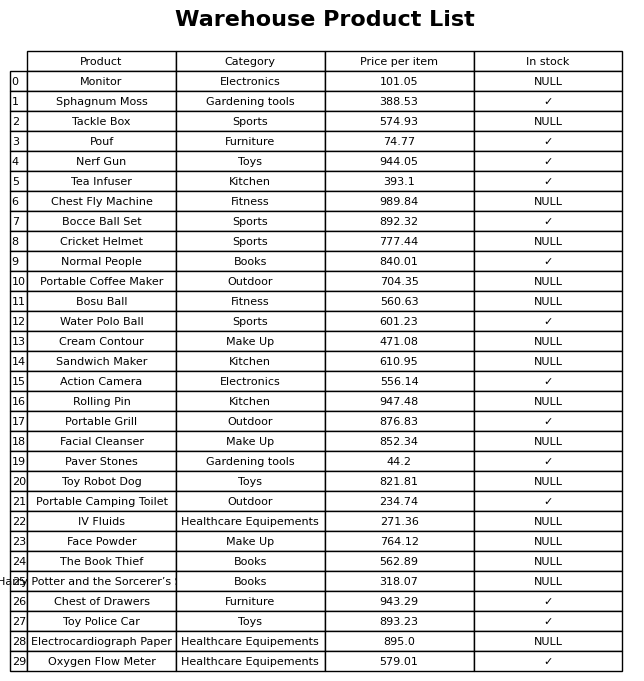
question: What is the stock status of the Pouf?
answer: ✓